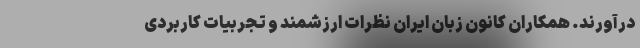
درآورند. همکاران کانون زبان ایران نظرات ارزشمند و تجربیات کاربردی